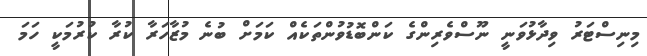
މިނިސްޓަރު ވިދާޅުވަނީ ނޫސްވެރިންގެ ކަންބޮޑުވުންތަކެއް ކަމަށް ބުނެ މުޒާހަރާ ކުރާ ކުރުމަކީ ހަމަ